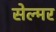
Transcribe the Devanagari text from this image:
सेल्मर